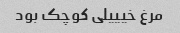
مرغ خیییلی کوچک بود